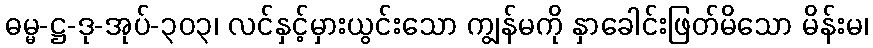
ဓမ္မ-ဋ္ဌ-ဒု-အုပ်-၃၀၃၊ လင်နှင့်မှားယွင်းသော ကျွန်မကို နှာခေါင်းဖြတ်မိသော မိန်းမ၊